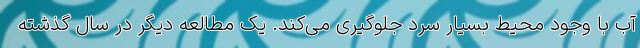
آب با وجود محیط بسیار سرد جلوگیری می‌کند. یک مطالعه دیگر در سال گذشته